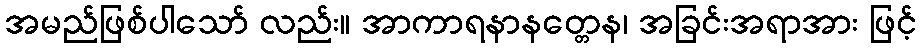
အမည်ဖြစ်ပါသော် လည်း။ အာကာရနာနတ္တေန၊ အခြင်းအရာအား ဖြင့်